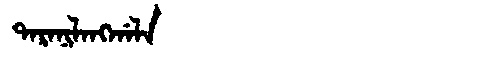
Manchu: ᡨᠠᡵᠠᠨᡳᠯᠠᠩᡤᠠᠯᠠ
Romanization: TARANILANGGALA